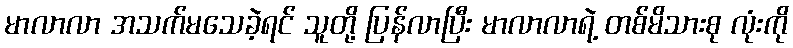
မာလာလာ အသက်မသေခဲ့ရင် သူတို့ ပြန်လာပြီး မာလာလာရဲ့ တစ်မိသားစု လုံးကို